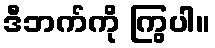
ဒီဘက်ကို ကြွပါ။